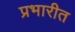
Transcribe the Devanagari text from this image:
प्रभारीत